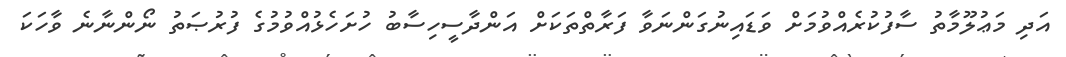
އަދި މަޢުލޫމާތު ސާފުކުރެއްވުމަށް ވަޑައިނުގަންނަވާ ފަރާތްތަކަށް އަންދާސީހިސާބު ހުށަހެޅުއްވުމުގެ ފުރުޞަތު ނޯންނާނެ ވާހަކަ